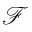
\mathcal { F }